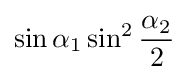
\sin \alpha _{1}\sin ^{2}{\frac {\alpha _{2}}{2}}